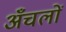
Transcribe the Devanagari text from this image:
अँचलों